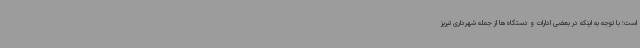
است؛ با توجه به اینکه در بعضی ادارات و دستگاه‌ها از جمله شهرداری تبریز